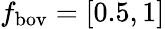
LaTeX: f_{\mathrm{bov}}=[0.5,1]